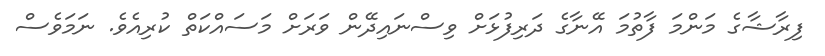
ފިރާޝާގެ މަންމަ ފާތުމަ އޭނާގެ ދަރިފުޅަށް ވިސްނައިދޭން ވަރަށް މަސައްކަތް ކުރިއެވެ. ނަމަވެސް